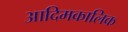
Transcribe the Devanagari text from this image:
आदिमकालिक